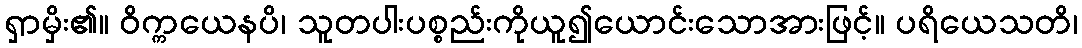
ရှာမှိး၏။ ဝိက္ကယေနပိ၊ သူတပါးပစ္စည်းကိုယူ၍ယောင်းသောအားဖြင့်။ ပရိယေသတိ၊